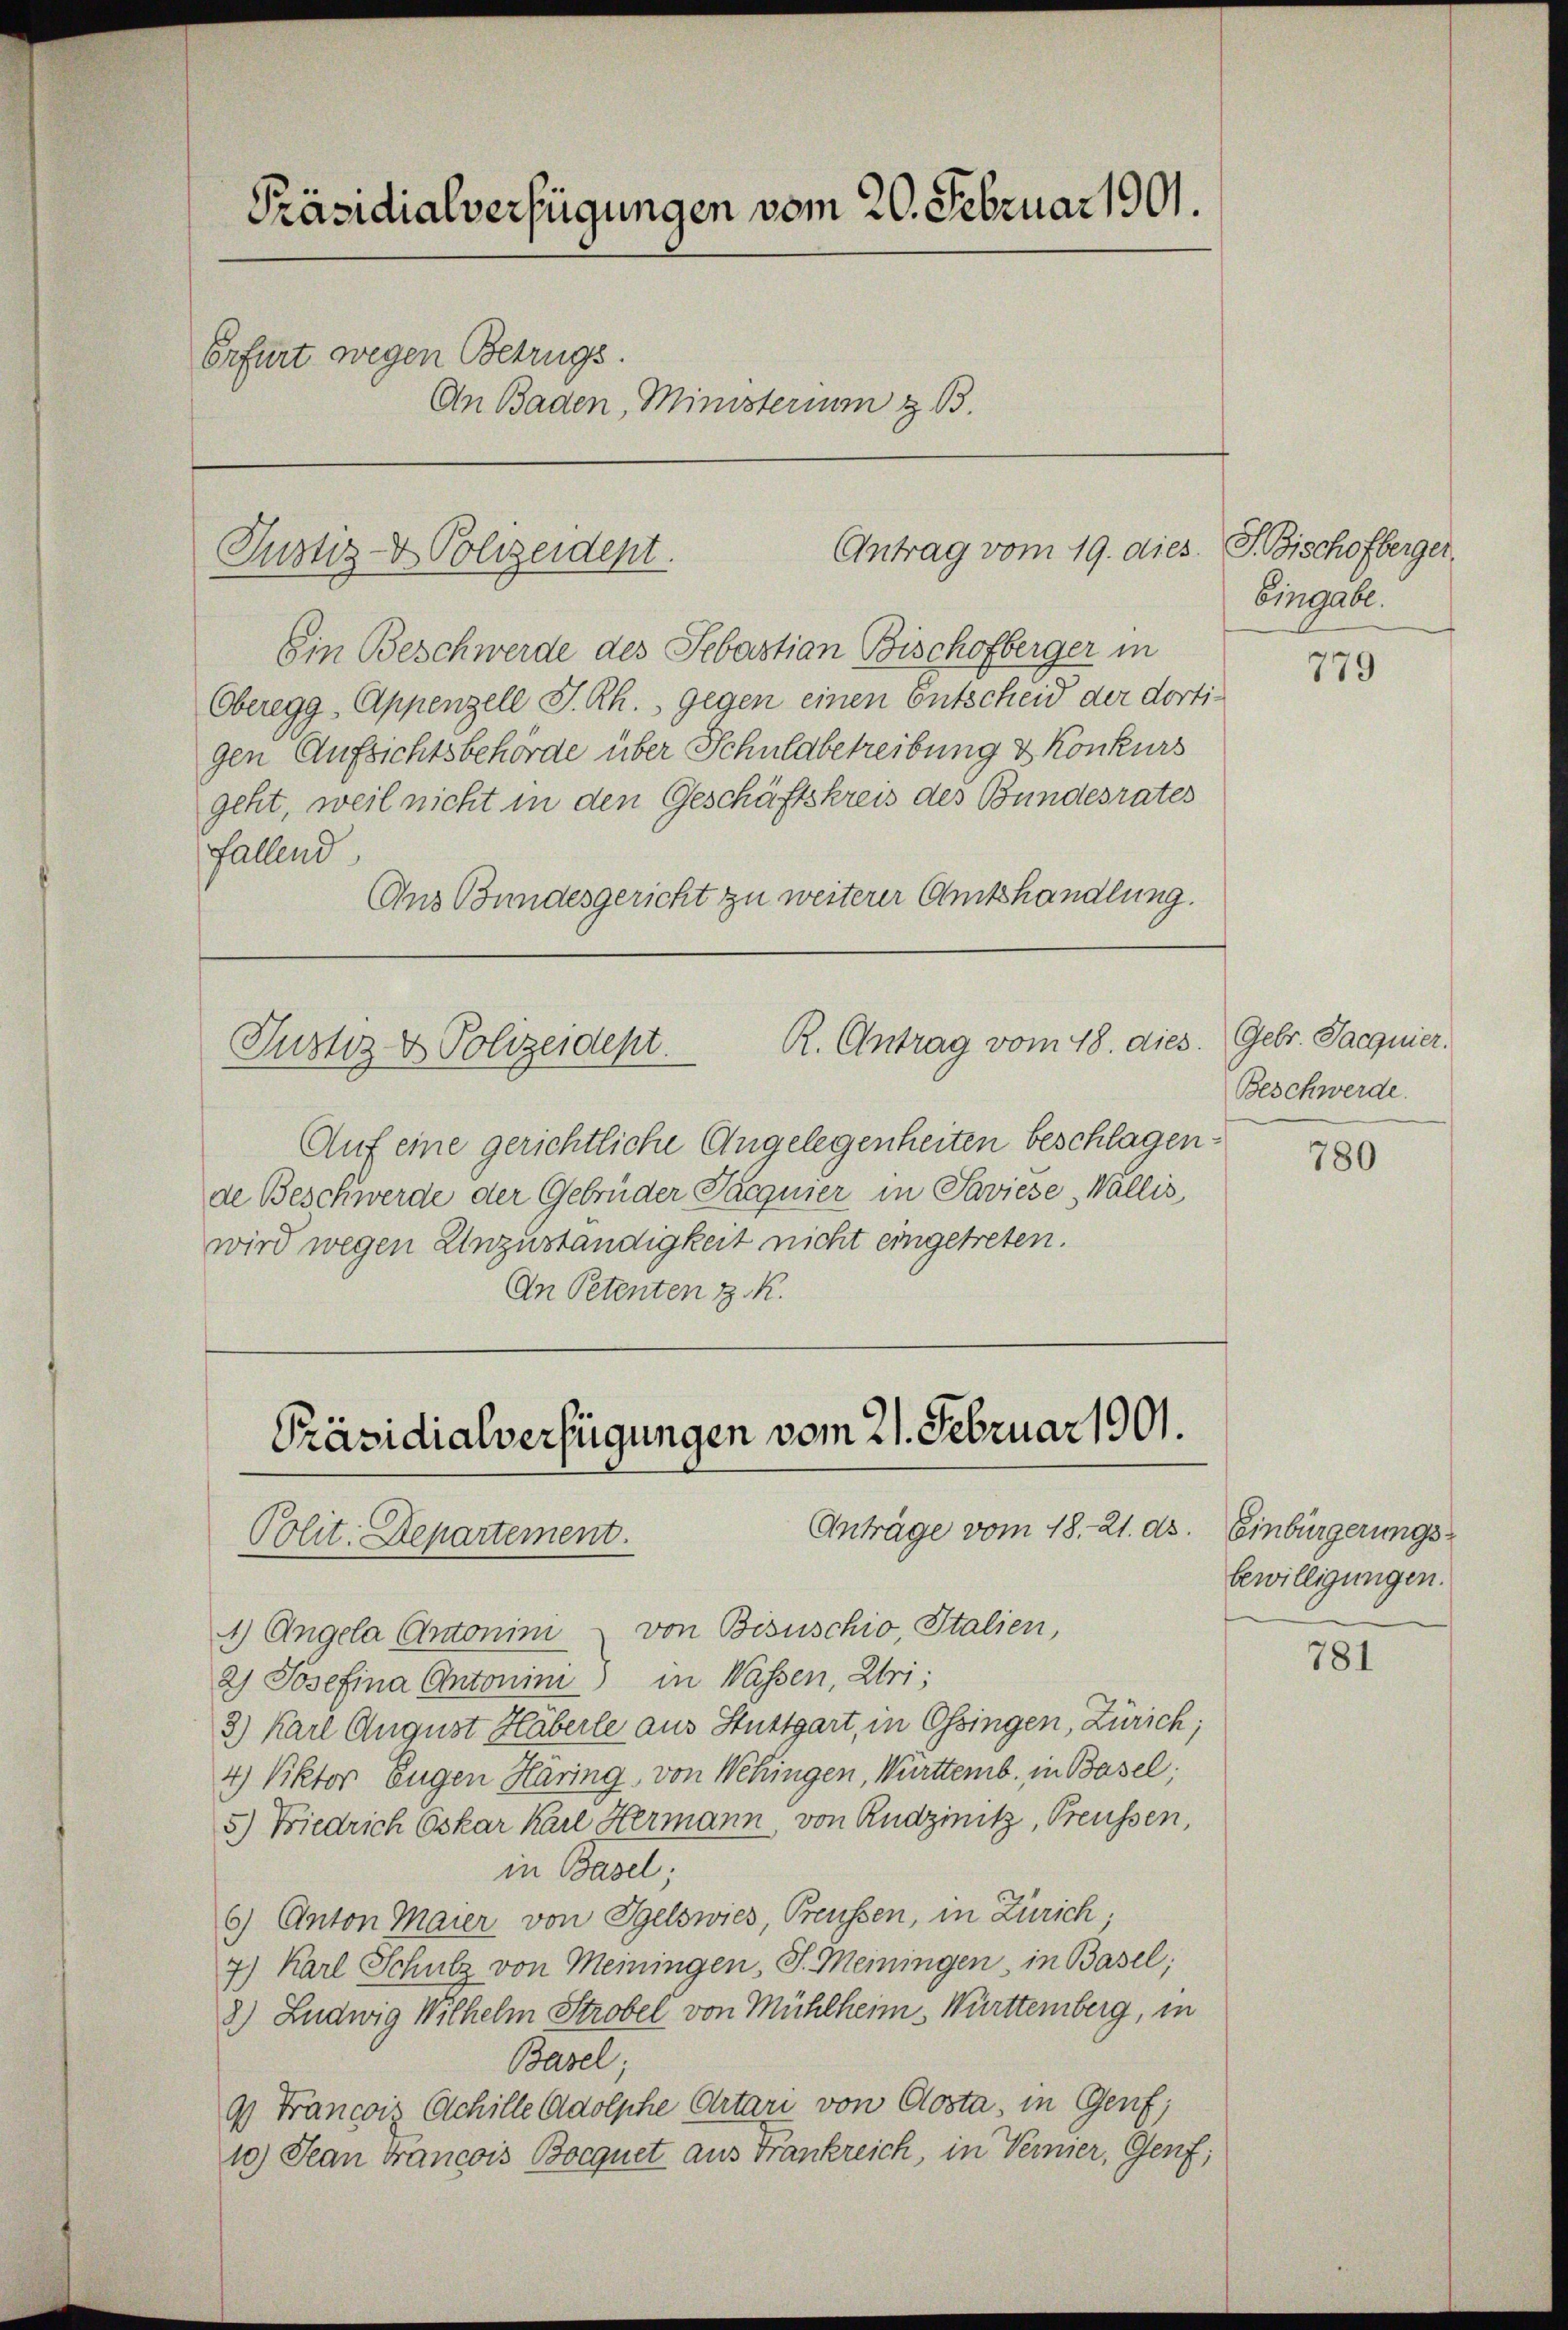
Präsidialverfügungen vom 20. Februar 1901.
Erfurt wegen Betrugs.
An Baden, Ministerium z. B.

Ein Beschwerde des Sebastian Bischofberger in
Oberegg, Appenzell I.Rh., gegen einen Entscheid der dortigen Aufsichtsbehörde über Schuldbetreibung & Konkurs
geht, weil nicht in den Geschäftskreis des Bundesrates
fallend
Aus Bundesgericht zu weiterer Amtshandlung.

Antrag vom 19. dies
Justiz- & Polizeident.

R. Antrag vom 18. dies. Gebr. Jacquier.
Justiz & Polizeidept.

Präsidialverfügungen vom 21. Februar 1901.
Anträge vom 18. 21. ds.
Polit. Departement.

Auf eine gerichtliche Angelegenheiten beschlagen.
de Beschwerde der Gebrüder Jacquier in Saviese, Wallis
wird wegen Unzuständigkeit nicht eingetreten.
An Petenten z. R.

J. Bischofberger.
Eingabe.

1) Angela Antonini - von Bisuschio, Italien,
2) Josefina Antonini in Wassen, Uri:
2) Karl August Häberle aus Stuttgart, in Ossingen, Zürich;
4) Viktor Eugen Häring, von Webingen, Württemb. in Basel;
5.) Diedrich Oskar Karl Hermann, von Rudzinitz, Preussen,
in Basel;
6) Anton Maier von Igelswies, Preussen, in Zürich;
7) Karl Schulz von Meiningen, J. Meiningen, in Basel;
8.) Ludwig Wilhelm Strobel von Mühlheim Württemberg, in
Basel
9) Francoiz Achille Adolphe Artari von Closta, in Genf;
10) Jean Francois Bocquet aus Frankreich, in Vernier, Genf;

779

Beschwerde.

780

Einbürgerungs-
bewilligungen.

781